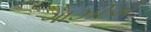
ગાઝીએ